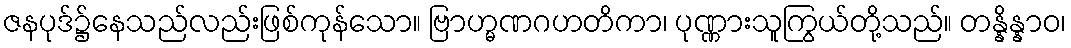
ဇနပုဒ်၌နေသည်လည်းဖြစ်ကုန်သော။ ဗြာဟ္မဏဂဟတိကာ၊ ပုဏ္ဏားသူကြွယ်တို့သည်။ တန္နိန္နာဝ၊